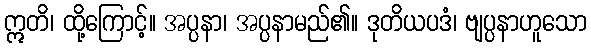
ဣတိ၊ ထို့ကြောင့်။ အပ္ပနာ၊ အပ္ပနာမည်၏။ ဒုတိယပဒံ၊ ဗျပ္ပနာဟူသော